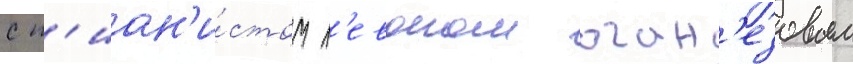
с п'иан'и́стом л'евоном оган'езовым